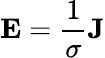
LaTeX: \mathbf{E}={\frac{1}{\sigma}}\mathbf{J}